Source: Handwritten
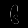
Digit: ၆ (6)